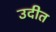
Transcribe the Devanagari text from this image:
उदीत